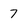
Character: 7